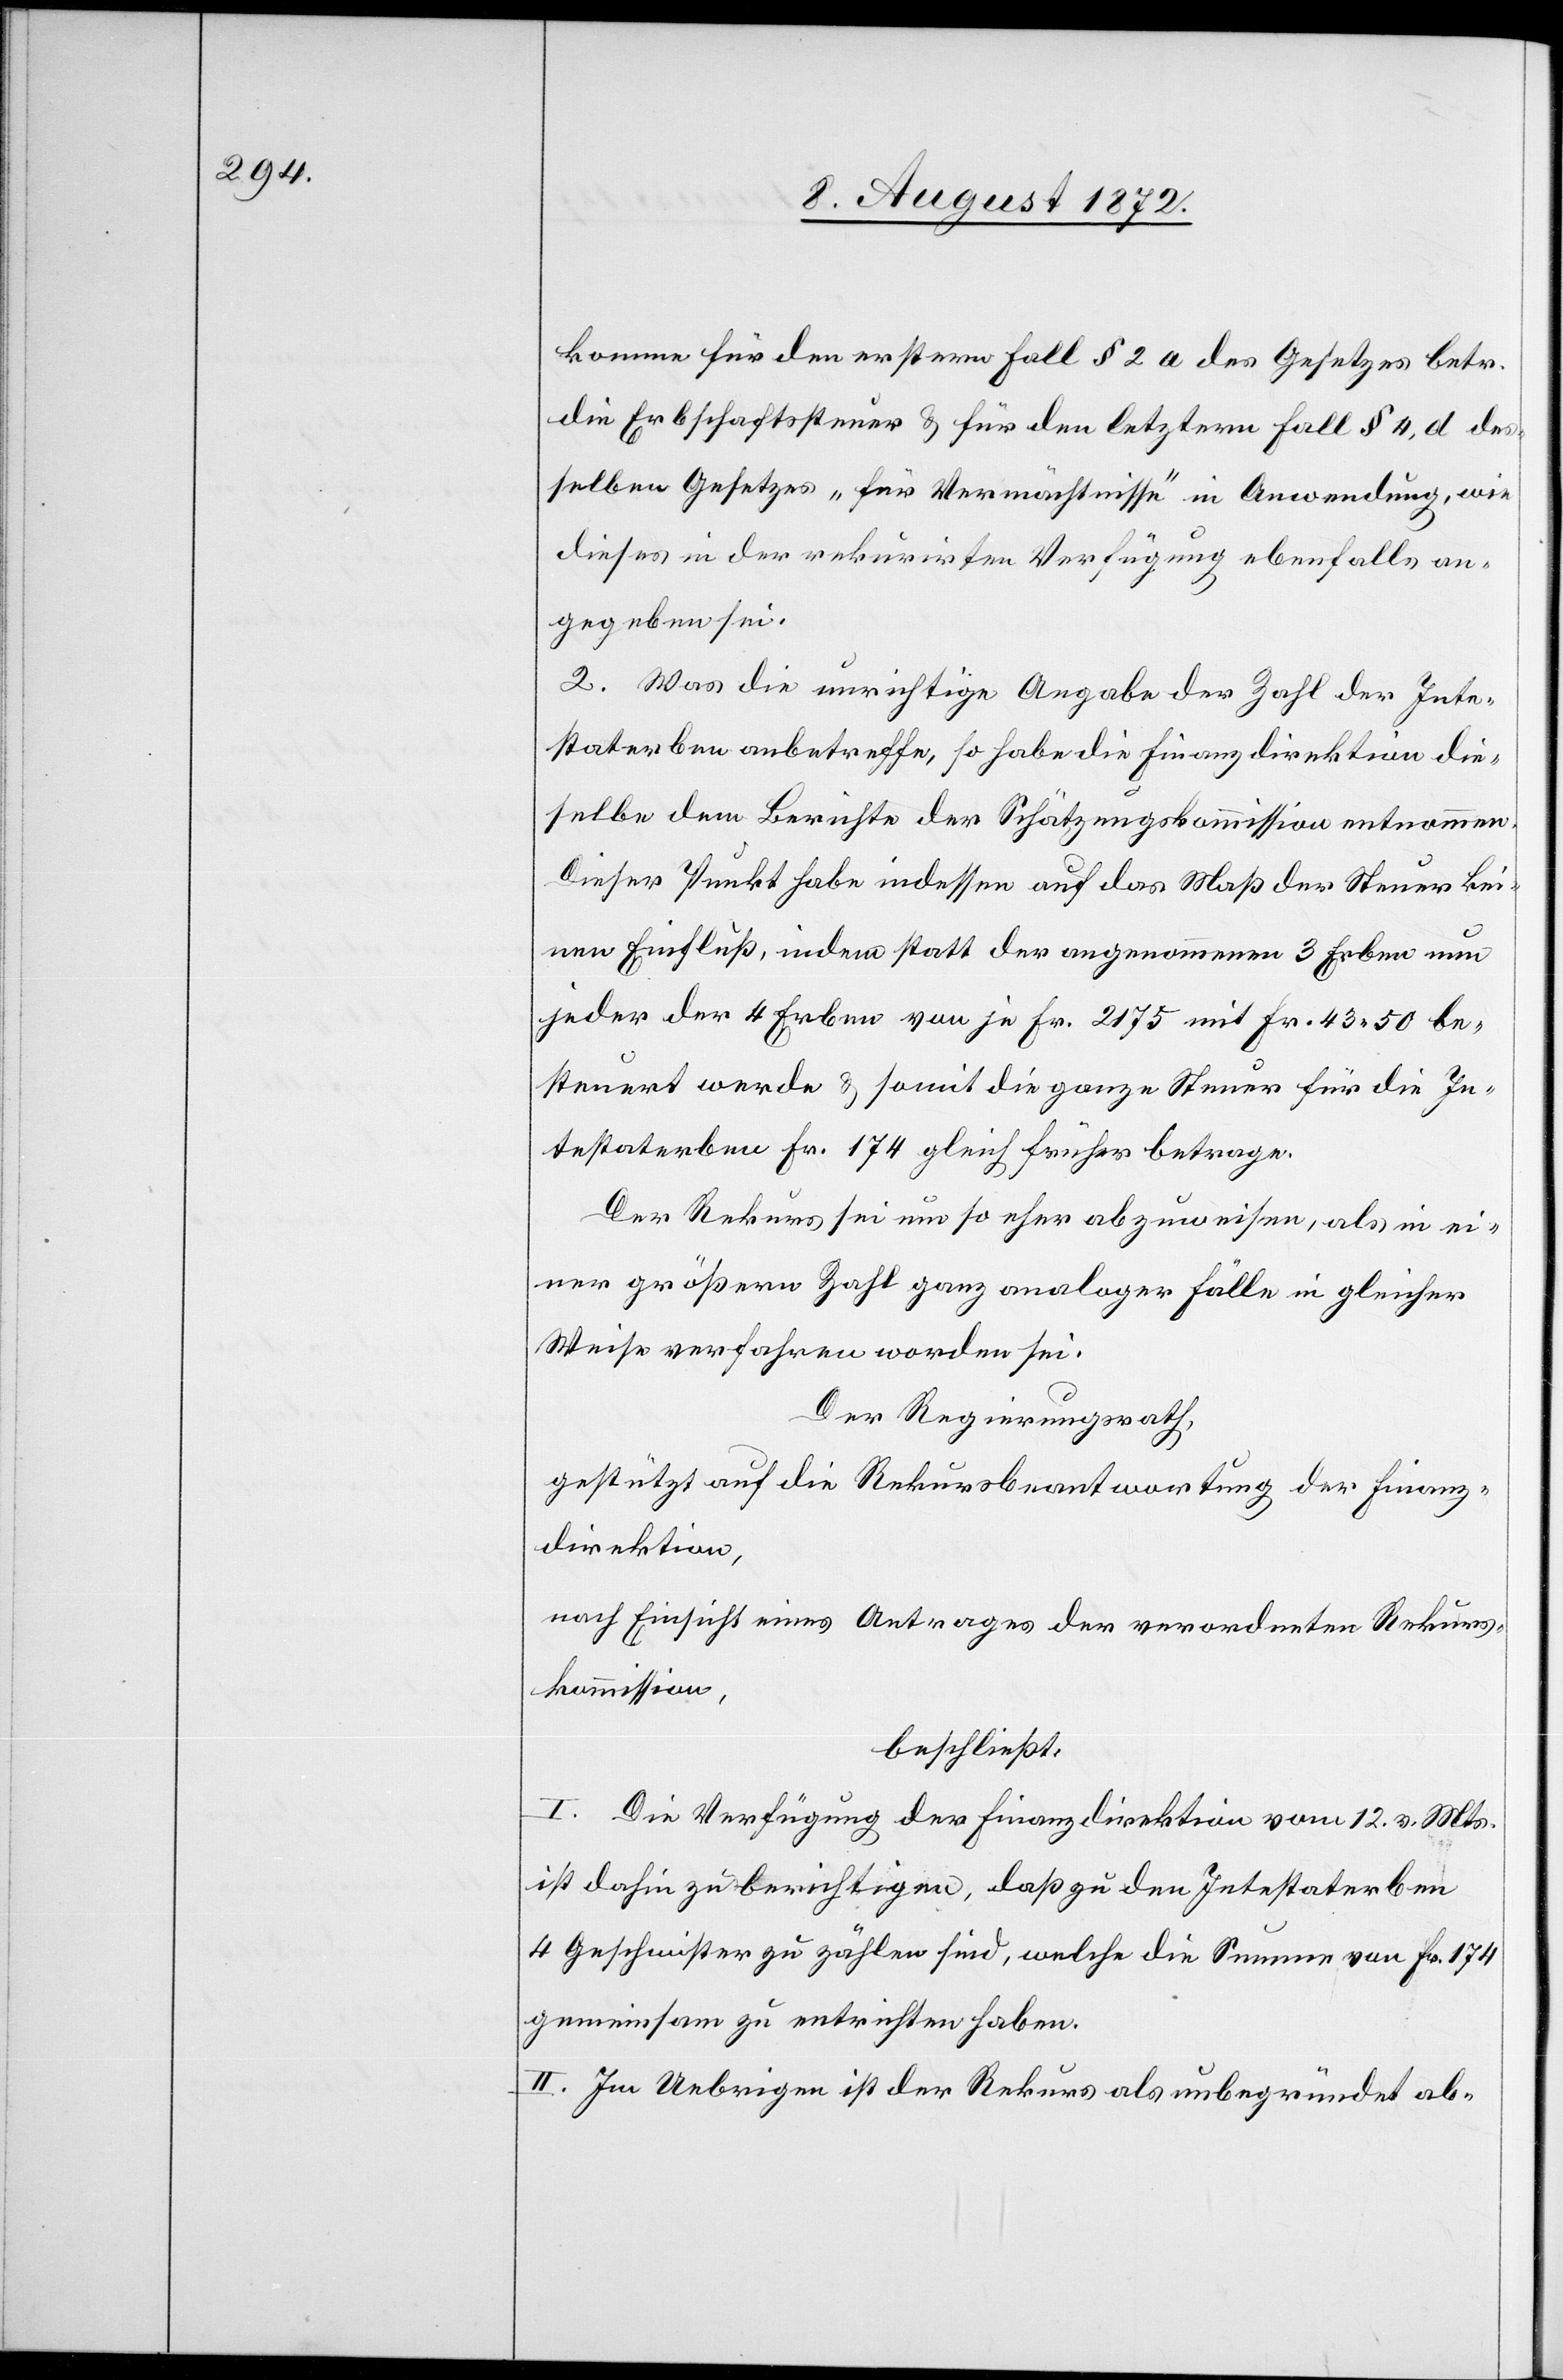
komme für den erstern Fall § 2 a des Gesetzes betr.
die Erbschaftssteuer u. für den letztern Fall § 4, d des¬
selben Gesetzes „für Vermächtnisse“ in Anwendung, wie
dieses in der rekurirten Verfügung ebenfalls an¬
gegeben sei.
2. Was die unrichtige Angabe der Zahl der Inte¬
staterben anbetreffe, so habe die Finanzdirektion die¬
selbe dem Berichte der Schätzungskommission entnommen.
Dieser Punkt habe indessen auf das Maß der Steuer kei¬
nen Einfluß, indem statt der angenommenen 3 Erben nun
jeder der 4 Erben von je Fr. 2175 mit Fr. 43 50 be¬
steuert werde u. somit die ganze Steuer für die In¬
testaterben Fr. 174 gleich früher betrage.
Der Rekurs sei um so eher abzuweisen, als in ei¬
ner größern Zahl ganz analoger Fälle in gleicher
Weise verfahren worden sei.
Der Regierungsrath,
gestützt auf die Rekursbeantwortung der Finanz¬
direktion,
nach Einsicht eines Antrages der verordneten Rekurs¬
kommission,
beschließt:
I. Die Verfügung der Finanzdirektion vom 12. v. Mts.
ist dahin zu berichtigen, daß zu den Intestaterben
4 Geschwister zu zählen sind, welche die Summe von Fr. 174
gemeinsam zu entrichten haben.
II. Im Uebrigen ist der Rekurs als unbegründet ab-